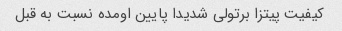
کیفیت پیتزا برتولی شدیدا پایین اومده نسبت به قبل